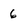
Character: 6